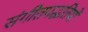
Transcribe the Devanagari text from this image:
संगीतपद्धतियों